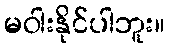
မဝါးနိုင်ပါဘူး။